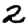
Digit: 2